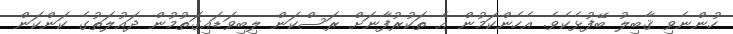
ހުންނެވި ޤާބިލު ބޭފުޅެކެވެ. އެހެންކަމުން އެ ތަކުރުފާނަށް ރަސްކަން ލިބިވަޑައިގަތުމުން ދައުލަތުގެ ކަންކަން